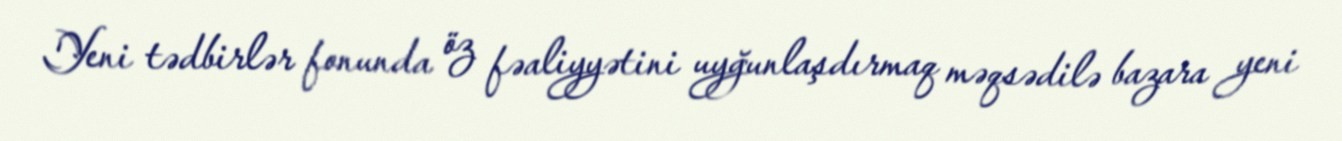
Yeni tədbirlər fonunda öz fəaliyyətini uyğunlaşdırmaq məqsədilə bazara yeni